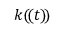
k ( \! ( t ) \! )